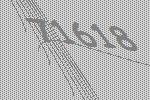
71618